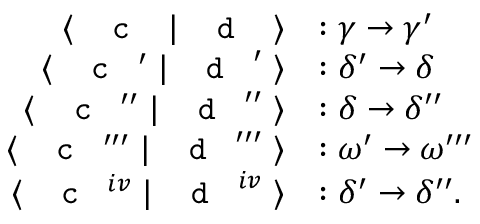
\begin{array} { r l } { \langle \; \textnormal { \texttt { c } } \; | \; \textnormal { \texttt { d } } \; \rangle } & { : \gamma \to \gamma ^ { \prime } } \\ { \langle \; \textnormal { \texttt { c } } ^ { \prime } \; | \; \textnormal { \texttt { d } } ^ { \prime } \; \rangle } & { : \delta ^ { \prime } \to \delta } \\ { \langle \; \textnormal { \texttt { c } } ^ { \prime \prime } \; | \; \textnormal { \texttt { d } } ^ { \prime \prime } \; \rangle } & { : \delta \to \delta ^ { \prime \prime } } \\ { \langle \; \textnormal { \texttt { c } } ^ { \prime \prime \prime } \; | \; \textnormal { \texttt { d } } ^ { \prime \prime \prime } \; \rangle } & { : \omega ^ { \prime } \to \omega ^ { \prime \prime \prime } } \\ { \langle \; \textnormal { \texttt { c } } ^ { i v } \; | \; \textnormal { \texttt { d } } ^ { i v } \; \rangle } & { : \delta ^ { \prime } \to \delta ^ { \prime \prime } . } \end{array}